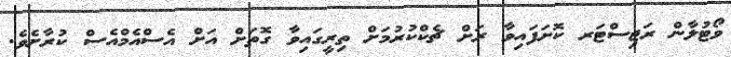
ވޯޓުލާން ރަޖިސްޓަރ ކޮށަފައިވާ ރަށް ޗެކްކުރުމަށް ތިރީގައިވާ ގޮތަށް އަށް އެސްއެމްއެސް ކުރާށެވެ.